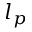
l _ { p }